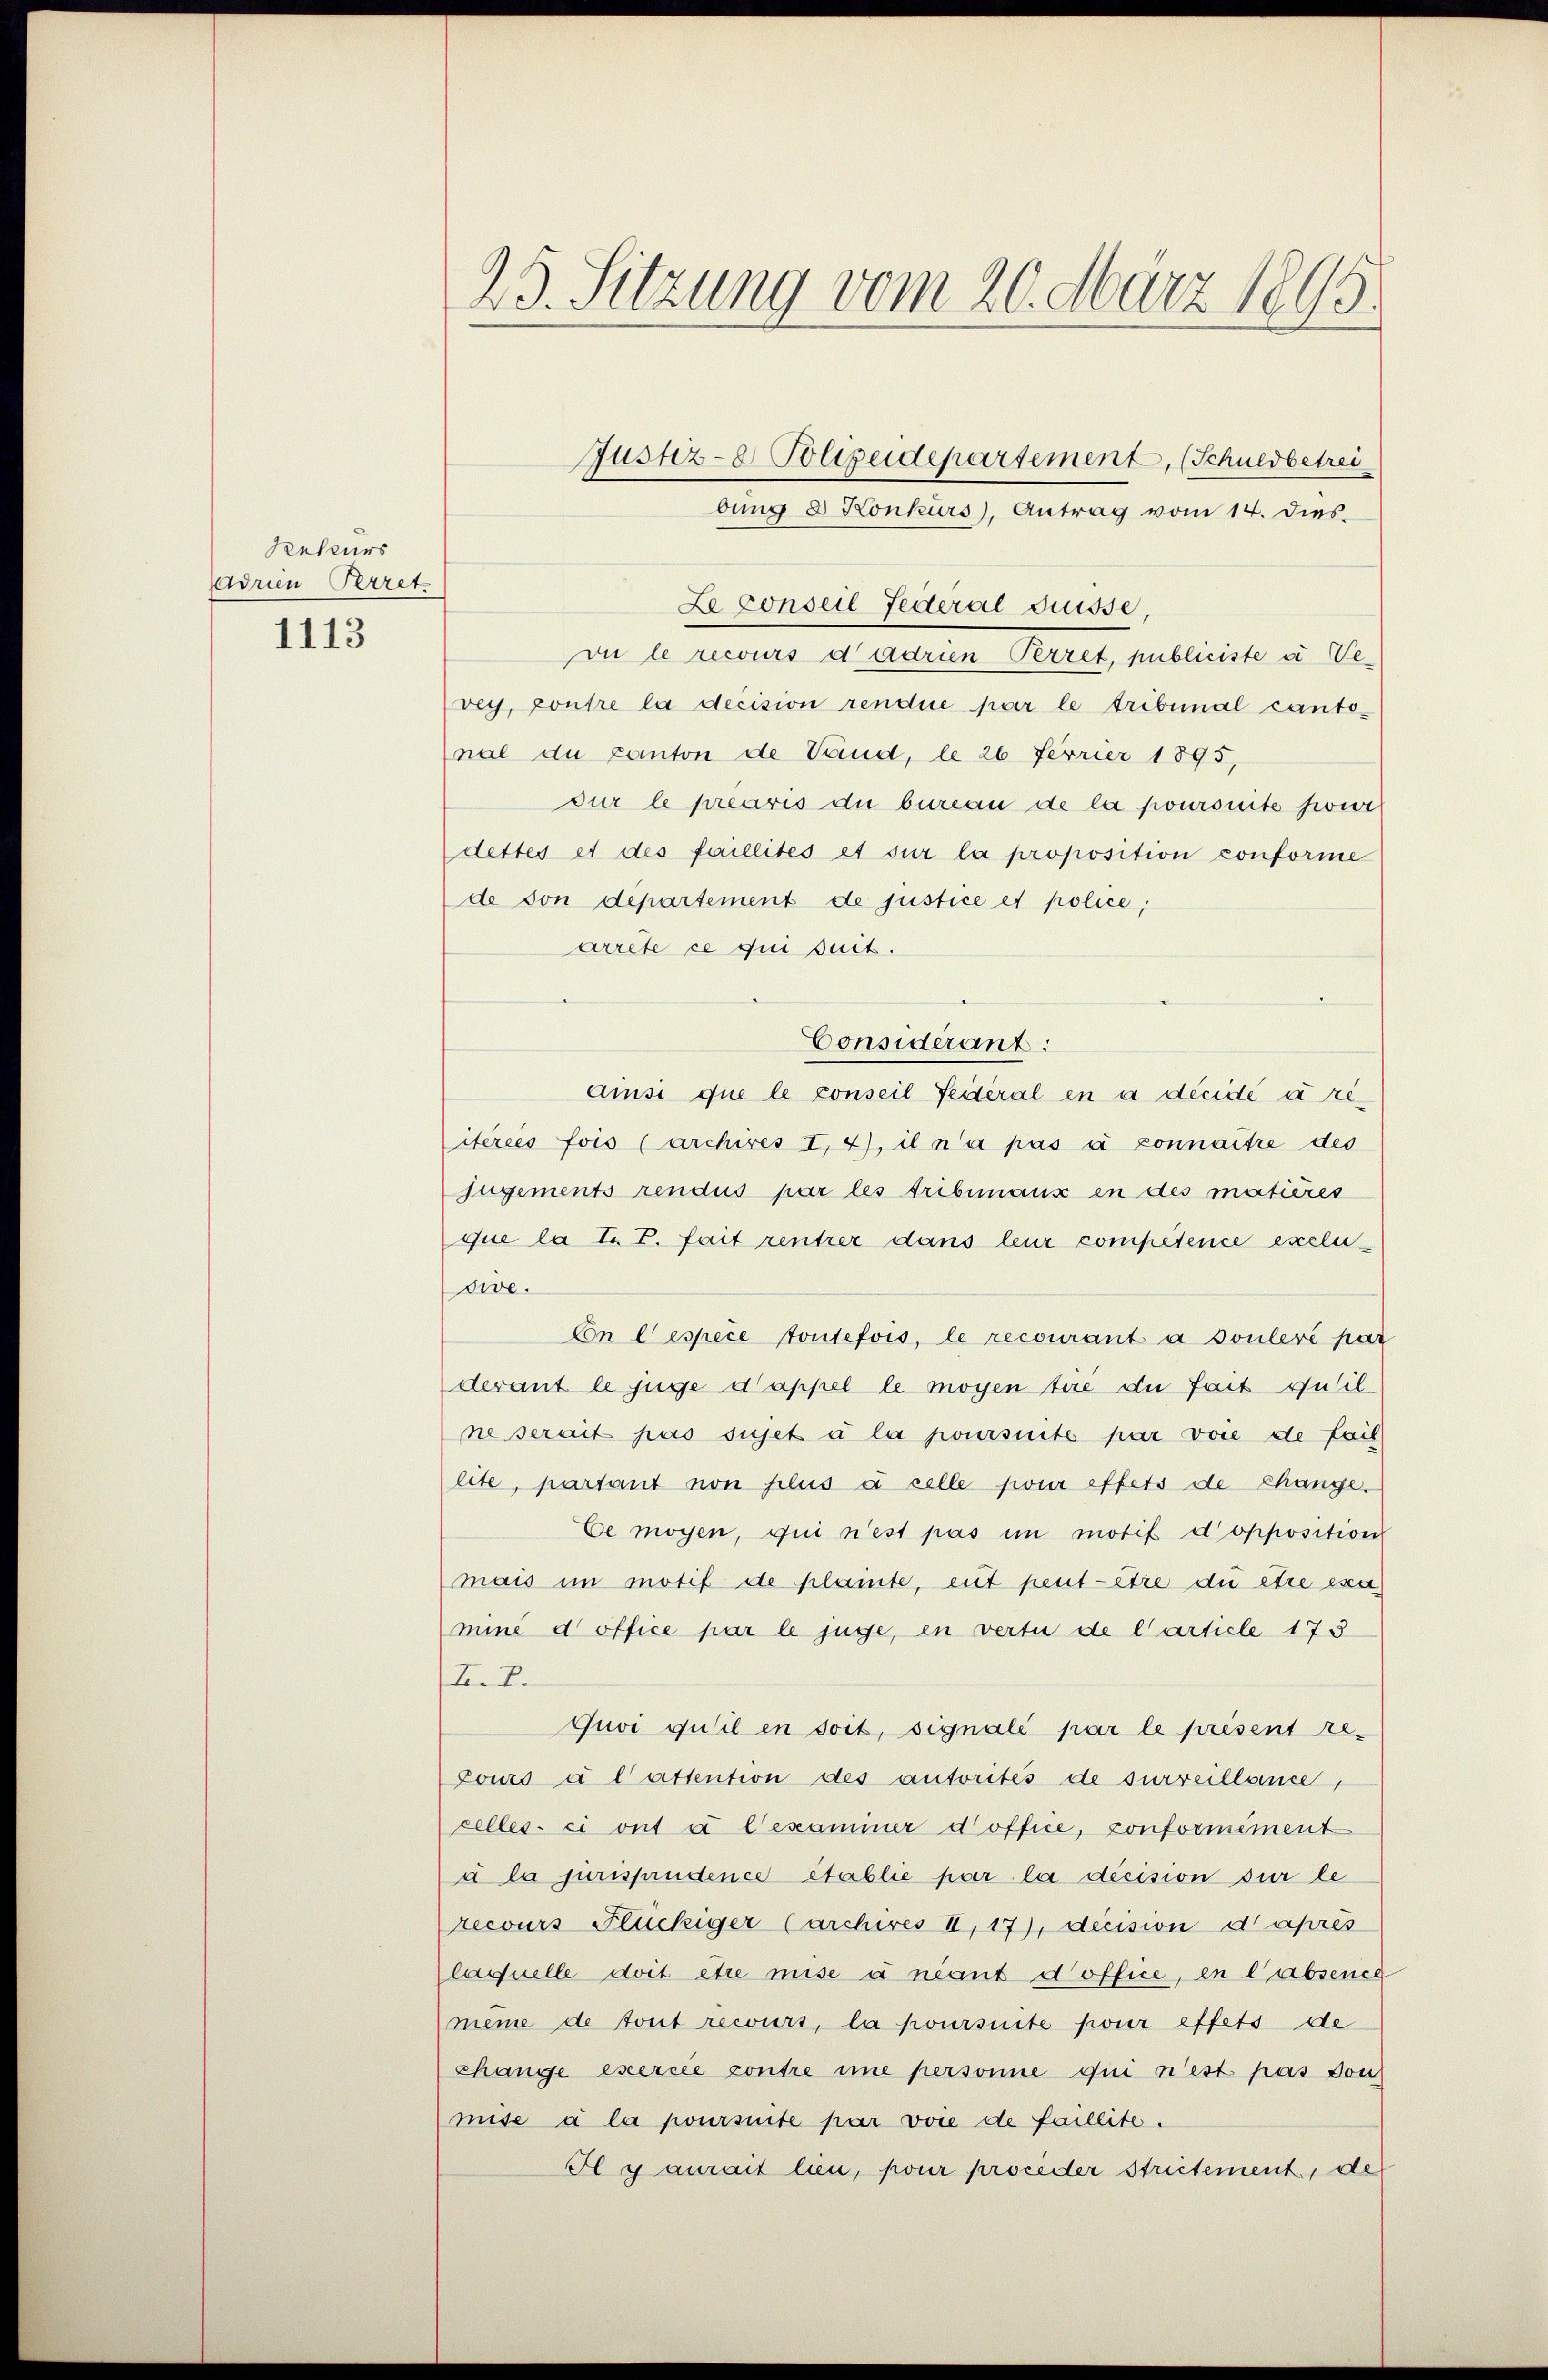
Rekurs
Adrien Perret
1113

25. Sitzung vom 20. März 1895.

vu le recours dadrien Perret, publiciste u Vevey, contre la decision rendue par le tribunal cantonal du canton de Vaud, le 26 Ferrier 1895,
sur le préavis die bureau de la poursuite seie
dettes et des faillités et sur la proposition conforme
de son departement de justice et police,
arrete ce qui suit.
Considérant:
Amisi que le conseil Seiteral en a décidé à reiteres fois (archires I. 4), il n’a pas à connaître des
jugements rendus par les tribunaux en des matières
que la T. T. fait rentrer dans leur compétence exclusie.
Cn Cespece toutefois, le recourant à soulevé par
derant le juge d’appel le moyen tire di fait quil
ne serait pas sujet à la poursuite par vore de fail
lite, partant non plus à celle pour effets de Change.
Ce mögen, qui n’est pas in motif d’opposition
mais im motif de plainte, eut peut être die être ess
miné d’office par le juge, en vertu de l’article 173
I.Z.
Guvi quil en soit, signali par le présent re-
Cours à lattention des autorités de surveillance,
celles-ci ont a Gesammer d’office, conformément
à la jurisprudence établie par la décision sur le
recours Flückiger Carchives II, 17), decision d’après
laquelle doit être mise à neant d’office, en l'absence
même de tout recurs, la poursuite pour effets de
Chänge exerce contre ime personne qui n’est pas von
mise à la poursuite par voie de faillite.
Il y aurait lieu, pour proceder Strictement, de

Justiz- Polizeidepartement, (Schuldbetrei
bung 8 Konkurs, Antrag vom 14. dies

Le conseil Federal Grüsse,